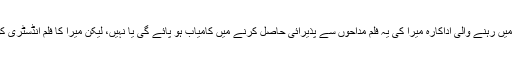
یہ سوال اپنی جگہ کہ متنازعہ کردار، اور اپنے مخصوص اندازِ گفتگو سے خبروں میں رہنے والی اداکارہ میرا کی یہ فلم مداحوں سے پذیرائی حاصل کرنے میں کامیاب ہو پائے گی یا نہیں، لیکن میرا کا فلم انڈسٹری کو خیر باد کہنے کا اعلان اُن کے مداحوں کے لیے مایوسی کا باعث ضرور بنے گا۔